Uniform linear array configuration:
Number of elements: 24
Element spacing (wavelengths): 0.75
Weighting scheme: exponential
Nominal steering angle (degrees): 0
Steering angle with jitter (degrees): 1.988
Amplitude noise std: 0.05
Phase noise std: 0.05

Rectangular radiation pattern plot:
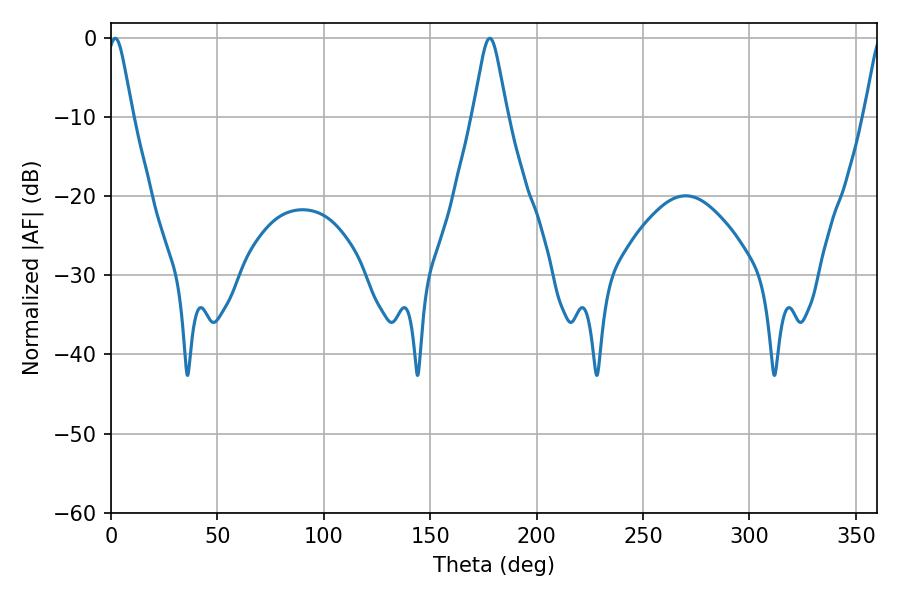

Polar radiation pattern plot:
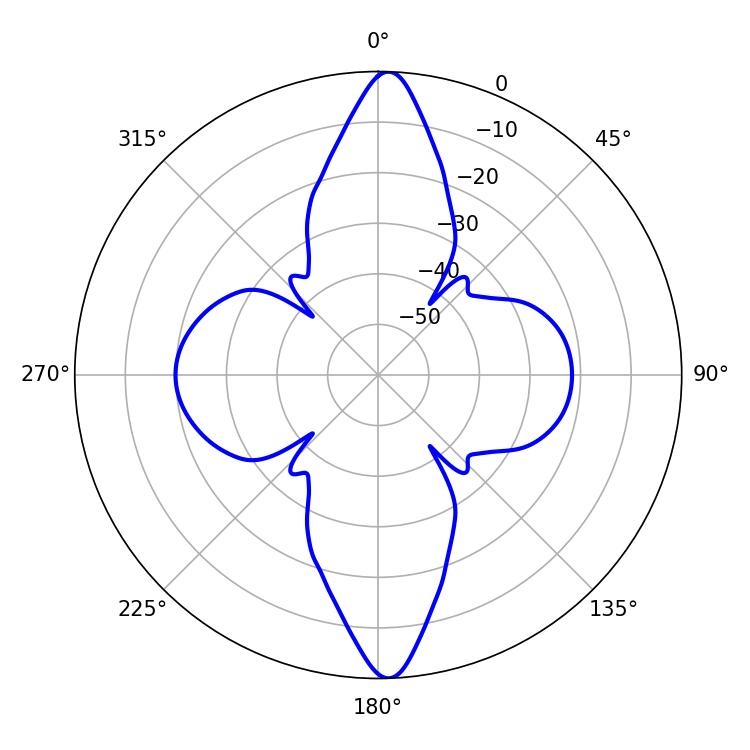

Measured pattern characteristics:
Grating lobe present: TRUE
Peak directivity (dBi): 23.455
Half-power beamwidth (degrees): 5.76
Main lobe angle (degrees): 1.98